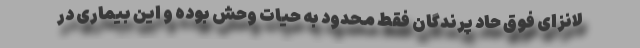
لانزای فوق حاد پرندگان فقط محدود به حیات وحش بوده و این بیماری در